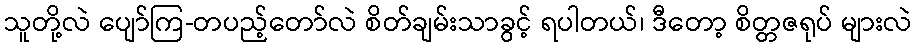
သူတို့လဲ ပျော်ကြ-တပည့်တော်လဲ စိတ်ချမ်းသာခွင့် ရပါတယ်၊ ဒီတော့ စိတ္တဇရုပ် များလဲ